Calcutta medical institutions reports 1879-81 [i.e.91]
Year: 1879
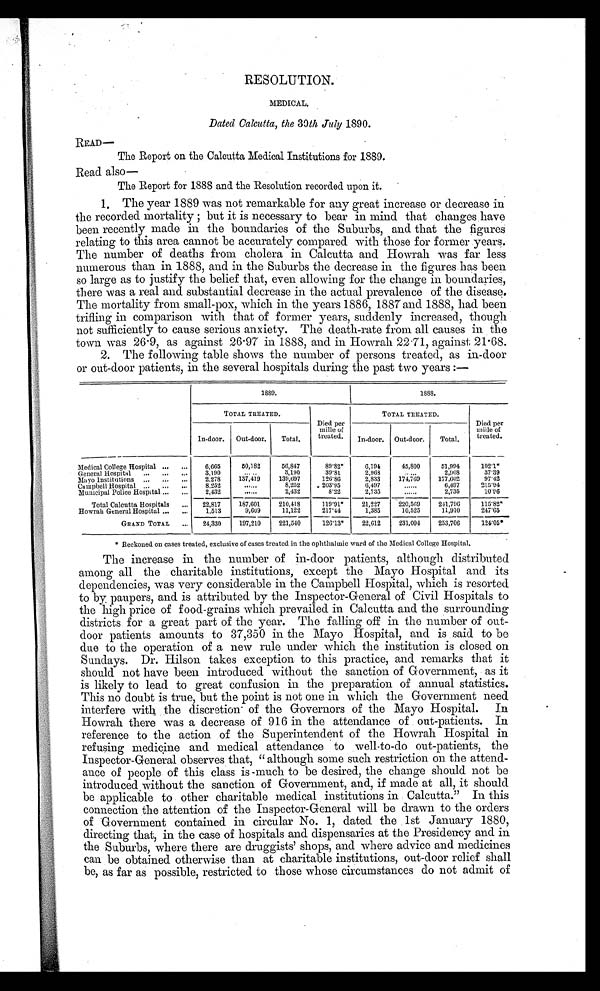
RESOLUTION.
MEDICAL.
Dated Calcutta, the 30th July 1890.
READ—
The Report on the Calcutta Medical Institutions for 1889.
Read also
—
The Report for 1888 and the Resolution recorded upon it.
1. The year 1889 was not remarkable for any great increase or decrease in
the recorded mortality; but it is necessary to bear in mind that changes have
been recently made in the boundaries of the Suburbs, and that the figures
relating to this area cannot be accurately compared with those for former years.
The number of deaths from cholera in Calcutta and Howrah was far less
numerous than in 1888, and in the Suburbs the decrease in the figures has been
so large as to justify the belief that, even allowing for the change in boundaries,
there was a real and substantial decrease in the actual prevalence of the disease.
The mortality from small-pox, which in the years 1886, 1887 and 1888, had been
trifling in comparison with that of former years, suddenly increased, though
not sufficiently to cause serious anxiety. The death-rate from all causes in the
town was 26.9, as against 26.97 in 1888, and in Howrah 22.71, against 21.68.
2. The following table shows the number of persons treated, as in-door
or out-door patients, in the several hospitals during the past two years:—
1889.
1888.
TOTAL TREATED.
Died per
mille of
treated.
TOTAL TREATED.
Died per
mille of
treated.
In-door.
Out-door.
Total.
In-door.
Out-door.
Total.
-
Medical College Hospital ...
. . .
6,665
50,182
56,847
89.82*
6,194
45,800
51,994
102.1*
General Hospital
...
...
...
3,190
. . . . . .
3,190
39.81
2,968
. . . . . .
2,968
37.39
Mayo Institutions ...
...
...
2,278
137,419
139,697
126.86
2,833
174, 7 69
177,602
97.42
Campbell Hospital ...
...
...
8,252
......
8,252
203.95
6,497
......
6,497
215.94
Municipal Police Hospital ...
...
2,432
......
2, 432
8.22
2,735
......
2,735
10.96
Total Calcutta Hospitals
...
22,817
187,601
210,418
119.91*
21,227
220,569
241,796
115.82*
Howrah General Hospital ...
...
1,513
9,609
11,122
217.44
1,385
10,525
11,910
247.65
GRAND TOTAL
...
24,330
197,210
221,540
126.13*
22,612
231,094
253,706
124.05*
* Reckoned on cases treated, exclusive of cases treated in the ophthalmic ward of the Medical College Hospital.
The increase in the number of in-door patients, although distributed
among all the charitable institutions, except the Mayo Hospital and its
dependencies, was very considerable in the Campbell Hospital, which is resorted
to by paupers, and is attributed by the Inspector-General of Civil Hospitals to
the high price of food-grains which prevailed in Calcutta and the surrounding
districts for a great part of the year. The falling off in the number of out-
door patients amounts to 37,350 in the Mayo Hospital, and is said to be
due to the operation of a new rule under which the institution is closed on
Sundays. Dr. Hilson takes exception to this practice, and remarks that it
should not have been introduced without the sanction of Government, as it
is likely to lead to great confusion in the preparation of annual statistics.
This no doubt is true, but the point is not one in which the Government need
interfere with the discretion of the Governors of the Mayo Hospital. In
Howrah there was a decrease of 916 in the attendance of out-patients. In
reference to the action of the Superintendent of the Howrah Hospital in
refusing medicine and medical attendance to well-to-do out-patients, the
Inspector-General observes that, "although some such restriction on the attend-
ance of people of this class is much to be desired, the change should not be
introduced without the sanction of Government, and, if made at all, it should
be applicable to other charitable medical institutions in Calcutta." In this
connection the attention of the Inspector-General will be drawn to the orders
of Government contained in circular No. 1, dated the 1st January 1880,
directing that, in the case of hospitals and dispensaries at the Presidency and in
the Suburbs, where there are druggists' shops, and where advice and medicines
can be obtained otherwise than at charitable institutions, out-door relief shall
be, as far as possible, restricted to those whose circumstances do not admit of